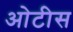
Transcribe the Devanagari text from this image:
ओटीस